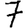
Digit: 7